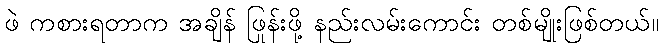
ဖဲ ကစားရတာက အချိန် ဖြုန်းဖို့ နည်းလမ်းကောင်း တစ်မျိုးဖြစ်တယ်။